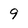
Character: 9